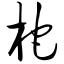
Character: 柁